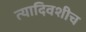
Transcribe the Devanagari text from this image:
त्यादिवशीच